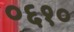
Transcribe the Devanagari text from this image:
०६१०